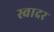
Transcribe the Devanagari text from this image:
स्वादर